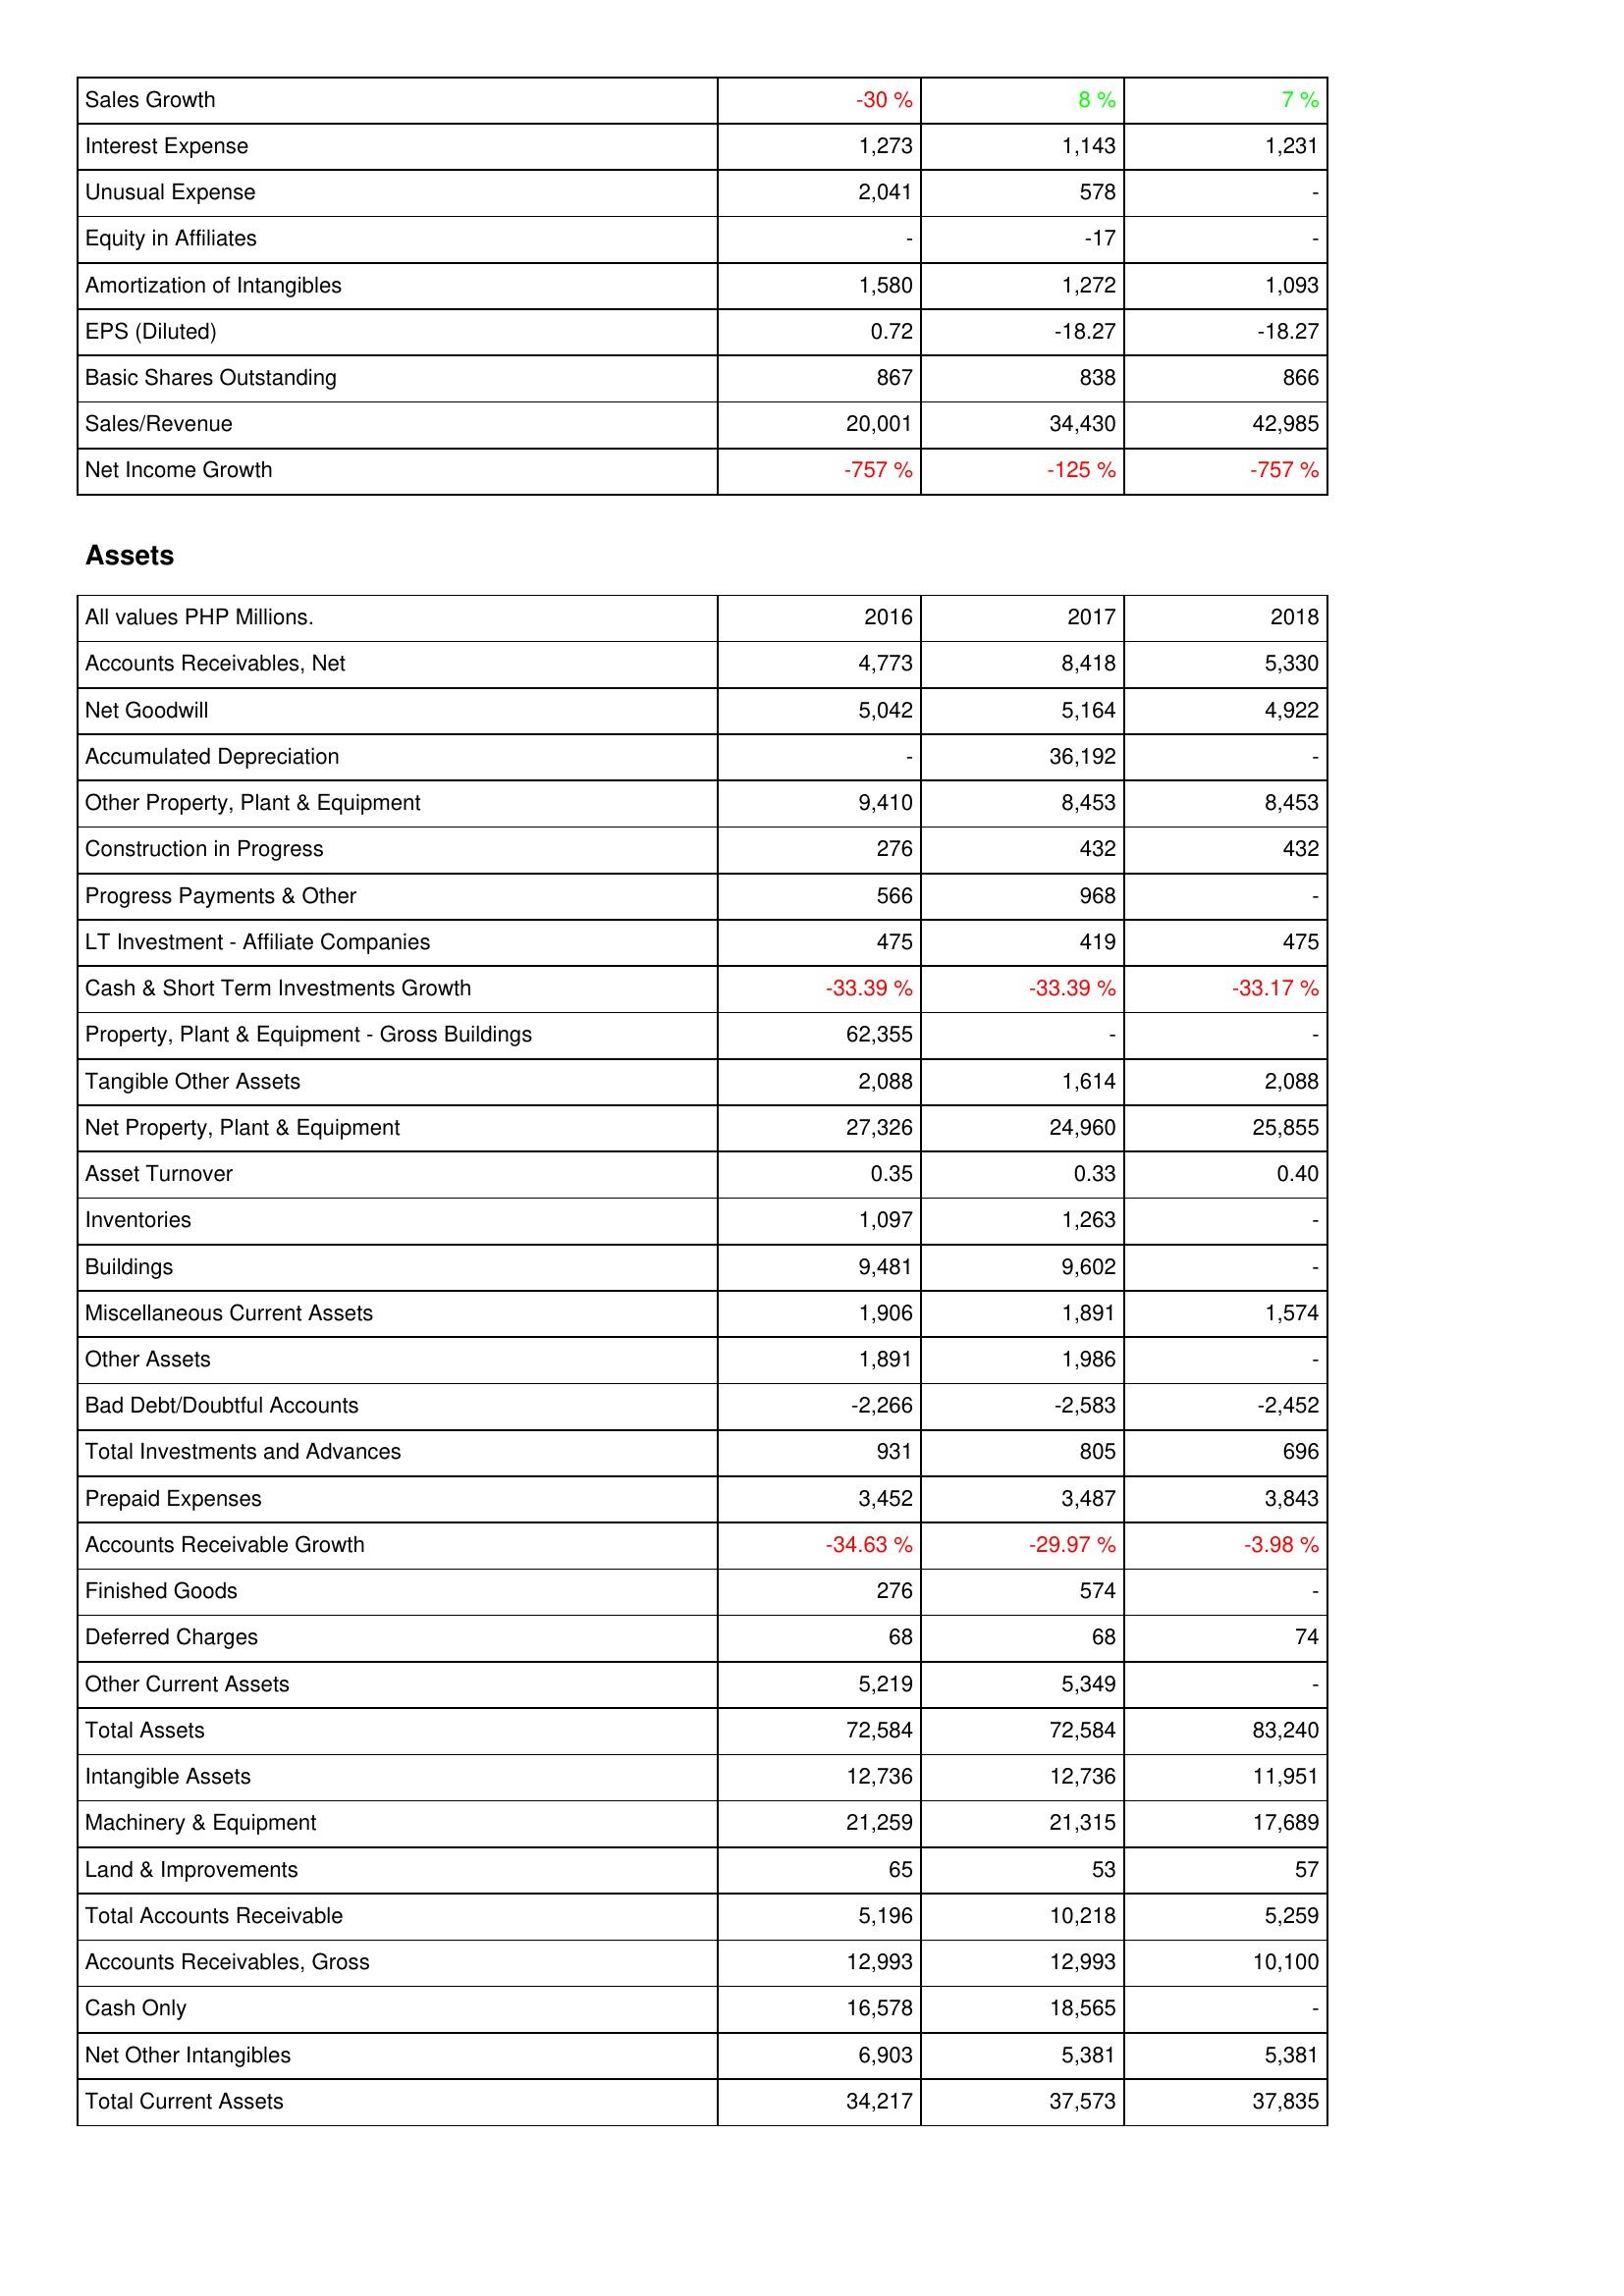
2016: Income Statement: Sales Growth: -30 %
Interest Expense: 1,273
Unusual Expense: 2,041
Equity in Affiliates: -
Amortization of Intangibles: 1,580
EPS (Diluted): 0.72
Basic Shares Outstanding: 867
Sales/Revenue: 20,001
Net Income Growth: -757 %
Assets: Accounts Receivables, Net: 4,773
Net Goodwill: 5,042
Accumulated Depreciation: -
Other Property, Plant & Equipment: 9,410
Construction in Progress: 276
Progress Payments & Other: 566
LT Investment - Affiliate Companies: 475
Cash & Short Term Investments Growth: -33.39 %
Property, Plant & Equipment - Gross Buildings: 62,355
Tangible Other Assets: 2,088
Net Property, Plant & Equipment: 27,326
Asset Turnover: 0.35
Inventories: 1,097
Buildings: 9,481
Miscellaneous Current Assets: 1,906
Other Assets: 1,891
Bad Debt/Doubtful Accounts: -2,266
Total Investments and Advances: 931
Prepaid Expenses: 3,452
Accounts Receivable Growth: -34.63 %
Finished Goods: 276
Deferred Charges: 68
Other Current Assets: 5,219
Total Assets: 72,584
Intangible Assets: 12,736
Machinery & Equipment: 21,259
Land & Improvements: 65
Total Accounts Receivable: 5,196
Accounts Receivables, Gross: 12,993
Cash Only: 16,578
Net Other Intangibles: 6,903
Total Current Assets: 34,217
2017: Income Statement: Sales Growth: 8 %
Interest Expense: 1,143
Unusual Expense: 578
Equity in Affiliates: -17
Amortization of Intangibles: 1,272
EPS (Diluted): -18.27
Basic Shares Outstanding: 838
Sales/Revenue: 34,430
Net Income Growth: -125 %
Assets: Accounts Receivables, Net: 8,418
Net Goodwill: 5,164
Accumulated Depreciation: 36,192
Other Property, Plant & Equipment: 8,453
Construction in Progress: 432
Progress Payments & Other: 968
LT Investment - Affiliate Companies: 419
Cash & Short Term Investments Growth: -33.39 %
Property, Plant & Equipment - Gross Buildings: -
Tangible Other Assets: 1,614
Net Property, Plant & Equipment: 24,960
Asset Turnover: 0.33
Inventories: 1,263
Buildings: 9,602
Miscellaneous Current Assets: 1,891
Other Assets: 1,986
Bad Debt/Doubtful Accounts: -2,583
Total Investments and Advances: 805
Prepaid Expenses: 3,487
Accounts Receivable Growth: -29.97 %
Finished Goods: 574
Deferred Charges: 68
Other Current Assets: 5,349
Total Assets: 72,584
Intangible Assets: 12,736
Machinery & Equipment: 21,315
Land & Improvements: 53
Total Accounts Receivable: 10,218
Accounts Receivables, Gross: 12,993
Cash Only: 18,565
Net Other Intangibles: 5,381
Total Current Assets: 37,573
2018: Income Statement: Sales Growth: 7 %
Interest Expense: 1,231
Unusual Expense: -
Equity in Affiliates: -
Amortization of Intangibles: 1,093
EPS (Diluted): -18.27
Basic Shares Outstanding: 866
Sales/Revenue: 42,985
Net Income Growth: -757 %
Assets: Accounts Receivables, Net: 5,330
Net Goodwill: 4,922
Accumulated Depreciation: -
Other Property, Plant & Equipment: 8,453
Construction in Progress: 432
Progress Payments & Other: -
LT Investment - Affiliate Companies: 475
Cash & Short Term Investments Growth: -33.17 %
Property, Plant & Equipment - Gross Buildings: -
Tangible Other Assets: 2,088
Net Property, Plant & Equipment: 25,855
Asset Turnover: 0.40
Inventories: -
Buildings: -
Miscellaneous Current Assets: 1,574
Other Assets: -
Bad Debt/Doubtful Accounts: -2,452
Total Investments and Advances: 696
Prepaid Expenses: 3,843
Accounts Receivable Growth: -3.98 %
Finished Goods: -
Deferred Charges: 74
Other Current Assets: -
Total Assets: 83,240
Intangible Assets: 11,951
Machinery & Equipment: 17,689
Land & Improvements: 57
Total Accounts Receivable: 5,259
Accounts Receivables, Gross: 10,100
Cash Only: -
Net Other Intangibles: 5,381
Total Current Assets: 37,835